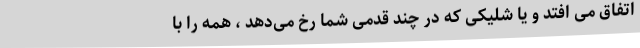
اتفاق می افتد و یا شلیکی که در چند قدمی شما رخ می‌دهد ، همه را با